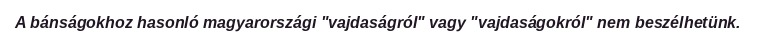
A bánságokhoz hasonló magyarországi "vajdaságról" vagy "vajdaságokról" nem beszélhetünk.